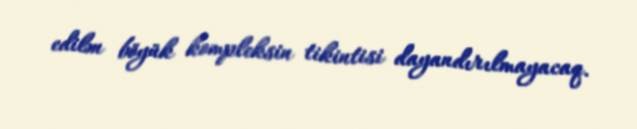
edilən böyük kompleksin tikintisi dayandırılmayacaq.